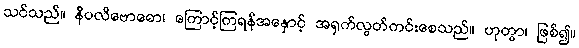
သင်သည်။ နိပလိဗောဓော၊ ကြောင့်ကြရန်အနှောင့် အရှက်လွတ်ကင်းစေသည်။ ဟုတွာ၊ ဖြစ်၍။